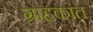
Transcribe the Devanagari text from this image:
ग्राहकांत